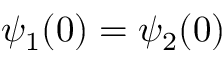
\psi _ { 1 } ( 0 ) = \psi _ { 2 } ( 0 )